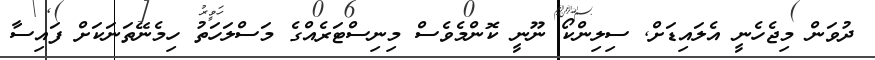
ދުވަން މިޖެހެނީ އެލައިޑަށް